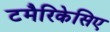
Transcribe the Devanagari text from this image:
टमैरिकेसिए